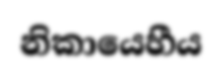
නිකායෙහීය